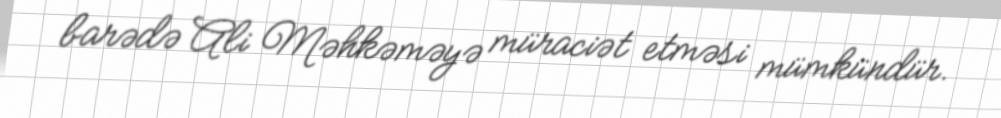
barədə Ali Məhkəməyə müraciət etməsi mümkündür.